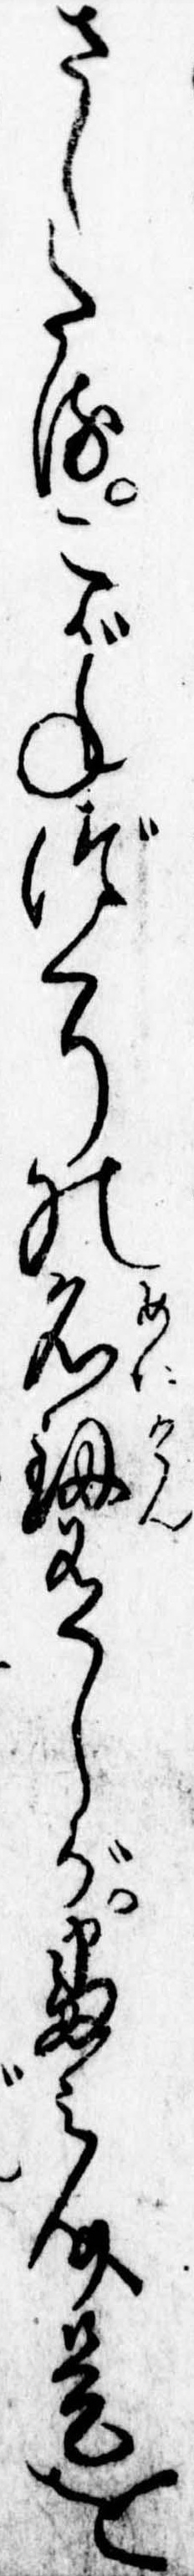
さしたるこがねづくりの名剣有しが番之介是を